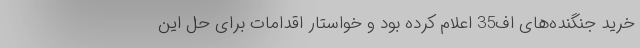
خرید جنگنده‌های اف35 اعلام کرده بود و خواستار اقدامات برای حل این